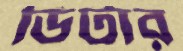
ডিটার